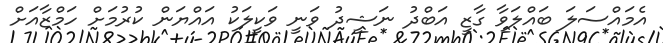
އެމައްސަލަ ބައްލަވާ ގާޒީ އަބްދު ނަޝީދު ވަނީ ވަކީލަކު އައްޔަން ކުރުމަށް ހަމްޒާއަށް